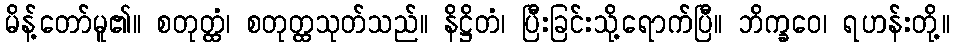
မိန့်တော်မူ၏။ စတုတ္ထံ၊ စတုတ္ထသုတ်သည်။ နိဋ္ဌိတံ၊ ပြီးခြင်းသို့ရောက်ပြီ။ ဘိက္ခဝေ၊ ရဟန်းတို့။